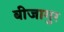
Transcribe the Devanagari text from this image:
बीजागुर